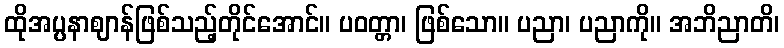
ထိုအပ္ပနာဈာန်ဖြစ်သည့်တိုင်အောင်။ ပဝတ္တာ၊ ဖြစ်သော။ ပညာ၊ ပညာကို။ အဘိညာတိ၊